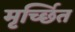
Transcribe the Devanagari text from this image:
मृर्च्छित